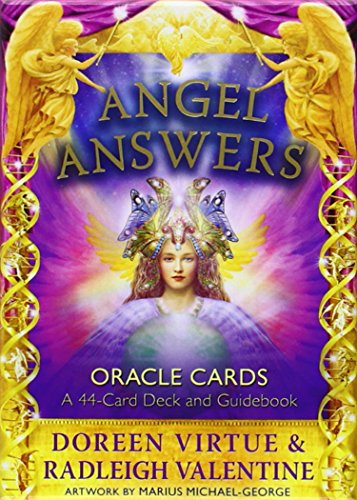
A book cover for Angel Answers Oracle Cards: A 44-Card Deck and Guidebook; Doreen Virtue; Religion & Spirituality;